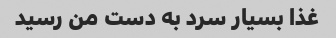
غذا بسیار سرد به دست من رسید